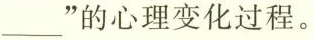
___”的心理变化过程。